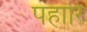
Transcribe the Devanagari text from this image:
पहारि